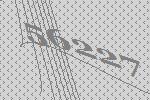
56227